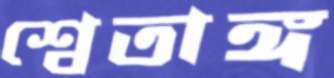
শ্বেতাঙ্গ